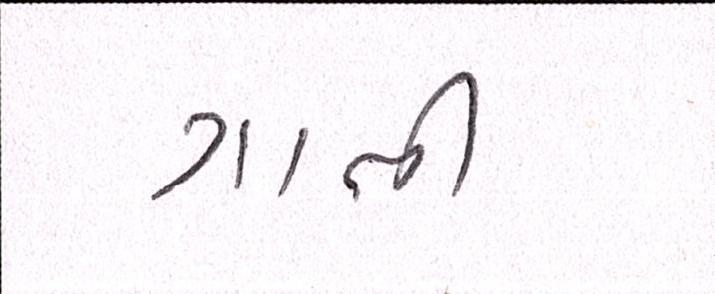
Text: ગાતી